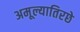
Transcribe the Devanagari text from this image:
अमूल्यातिरछे